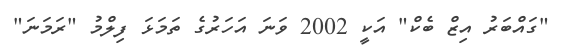
"ގައްބަރު އިޒް ބެކް" އަކީ 2002 ވަނަ އަހަރުގެ ތަމަޅަ ފިލްމު "ރަމަނަ"